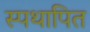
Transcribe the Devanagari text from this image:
स्पथापित